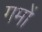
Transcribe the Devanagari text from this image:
गमों